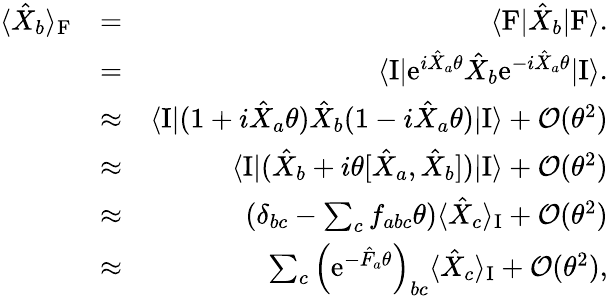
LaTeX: \begin{array}{rlr}{\langle\hat{X}_{b}\rangle_{\mathrm{F}}}&{=}&{\langle\mathrm{F}|\hat{X}_{b}|\mathrm{F}\rangle.}\\ &{=}&{\langle\mathrm{I}|\mathrm{e}^{i\hat{X}_{a}\theta}\hat{X}_{b}\mathrm{e}^{-i\hat{X}_{a}\theta}|\mathrm{I}\rangle.}\\ &{\approx}&{\langle\mathrm{I}|(1+i\hat{X}_{a}\theta)\hat{X}_{b}(1-i\hat{X}_{a}\theta)|\mathrm{I}\rangle+{\mathcal O}(\theta^{2})}\\ &{\approx}&{\langle\mathrm{I}|(\hat{X}_{b}+i\theta[\hat{X}_{a},\hat{X}_{b}])|\mathrm{I}\rangle+{\mathcal O}(\theta^{2})}\\ &{\approx}&{(\delta_{bc}-\sum_{c}f_{abc}\theta)\langle\hat{X}_{c}\rangle_{\mathrm{I}}+{\mathcal O}(\theta^{2})}\\ &{\approx}&{\sum_{c}\left(\mathrm{e}^{-\hat{F}_{a}\theta}\right)_{bc}\langle\hat{X}_{c}\rangle_{\mathrm{I}}+{\mathcal O}(\theta^{2}),}\end{array}